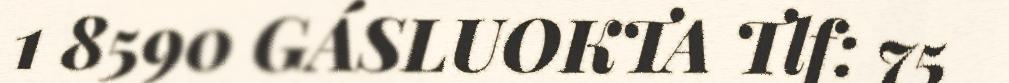
1 8590 GÁSLUOKTA Tlf: 75